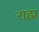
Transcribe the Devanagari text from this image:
राह्म